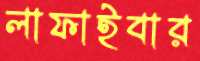
লাফাইবার